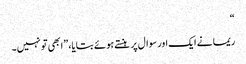
“
ریما نے ایک اور سوال پر ہنستے ہوئے بتایا، ”ابھی تو نہیں۔